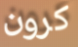
كرون